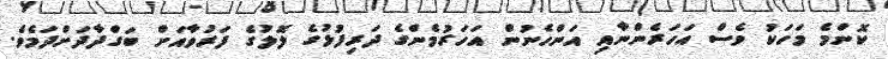
ކޮންމެ މަހަކު ވެސް އަހަރެންނާއި އަންހެނުން އަހަރުމެންގެ ދަރިފުޅުގެ ލޮލުގެ ފަރުވާއަށް ބަގްދާދަށްދަމެވެ.